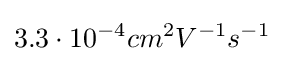
3.3\cdot 10^{-4}cm^{2}V^{-1}s^{-1}